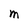
Character: M